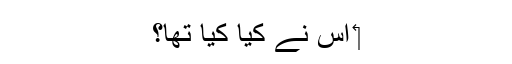
‏ اُس نے کیا کِیا تھا؟